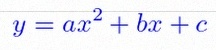
y=ax^2+bx+c